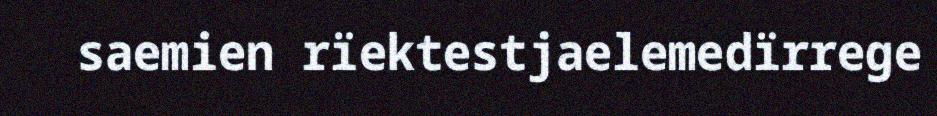
saemien rïektestjaelemedïrrege